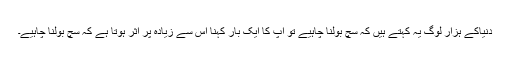
دنیاکے ہزار لوگ یہ کہتے ہیں کہ سچ بولنا چاہیے تو آپ کا ایک بار کہنا اس سے زیادہ پر اثر ہوتا ہے کہ سچ بولنا چاہیے۔